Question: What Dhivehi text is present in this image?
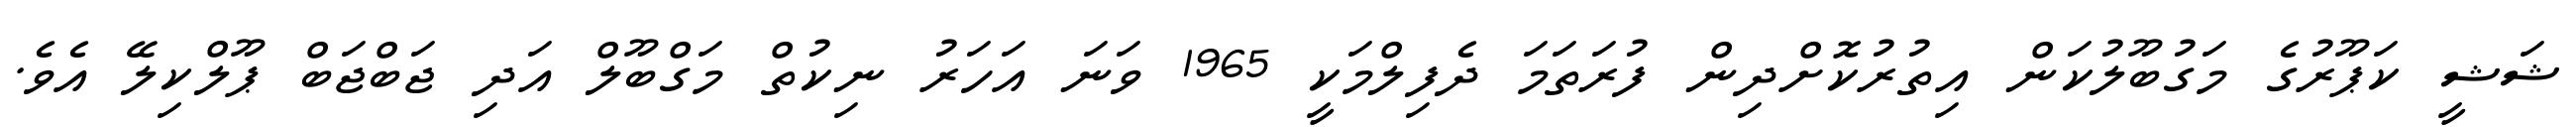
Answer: ޝަޝީ ކަޕޫރުގެ މަގުބޫލުކަން އިތުރުކޮށްދިން ފުރަތަމަ ދެފިލްމަކީ 1965 ވަނަ އަހަރު ނިކުތް މަގްބޫލް އަދި ޖަބްޖަބް ޕޫލްކިލޭ އެވެ.